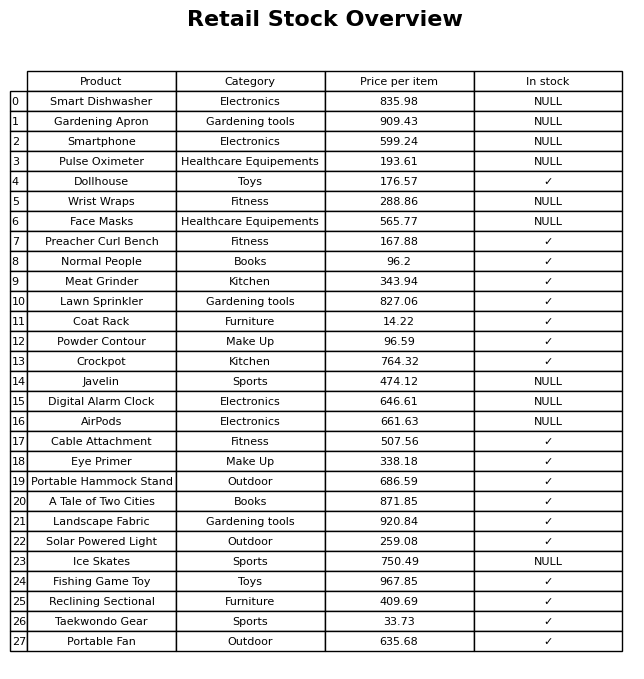
question: What is the price of the Landscape Fabric?
answer: The price of Landscape Fabric is 920.84.